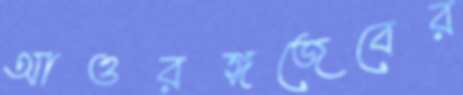
আওরঙ্গজেবের